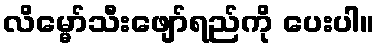
လိမ္မော်သီးဖျော်ရည်ကို ပေးပါ။